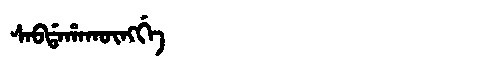
Manchu: ᠰᠠᠪᡩᠠᡥᠠᡴᡡᠩᡤᡝ
Romanization: SABDAHAKŪNGGE